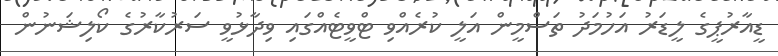
ޑީއާރުޕީގެ ލީޑަރު އަހުމަދު ތަސްމީން އަލީ ކުރެއްވި ޓްވީޓެއްގައި ވިދާޅުވީ ސަރުކާރުގެ ކޯލިޝަނުން